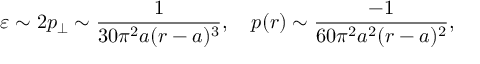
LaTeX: \varepsilon \sim 2 p _ { \perp } \sim \frac { 1 } { 3 0 \pi ^ { 2 } a ( r - a ) ^ { 3 } } , \quad p ( r ) \sim \frac { - 1 } { 6 0 \pi ^ { 2 } a ^ { 2 } ( r - a ) ^ { 2 } } ,